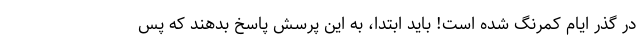
در گذر ایام کمرنگ شده است! باید ابتدا، به این پرسش پاسخ بدهند که پس